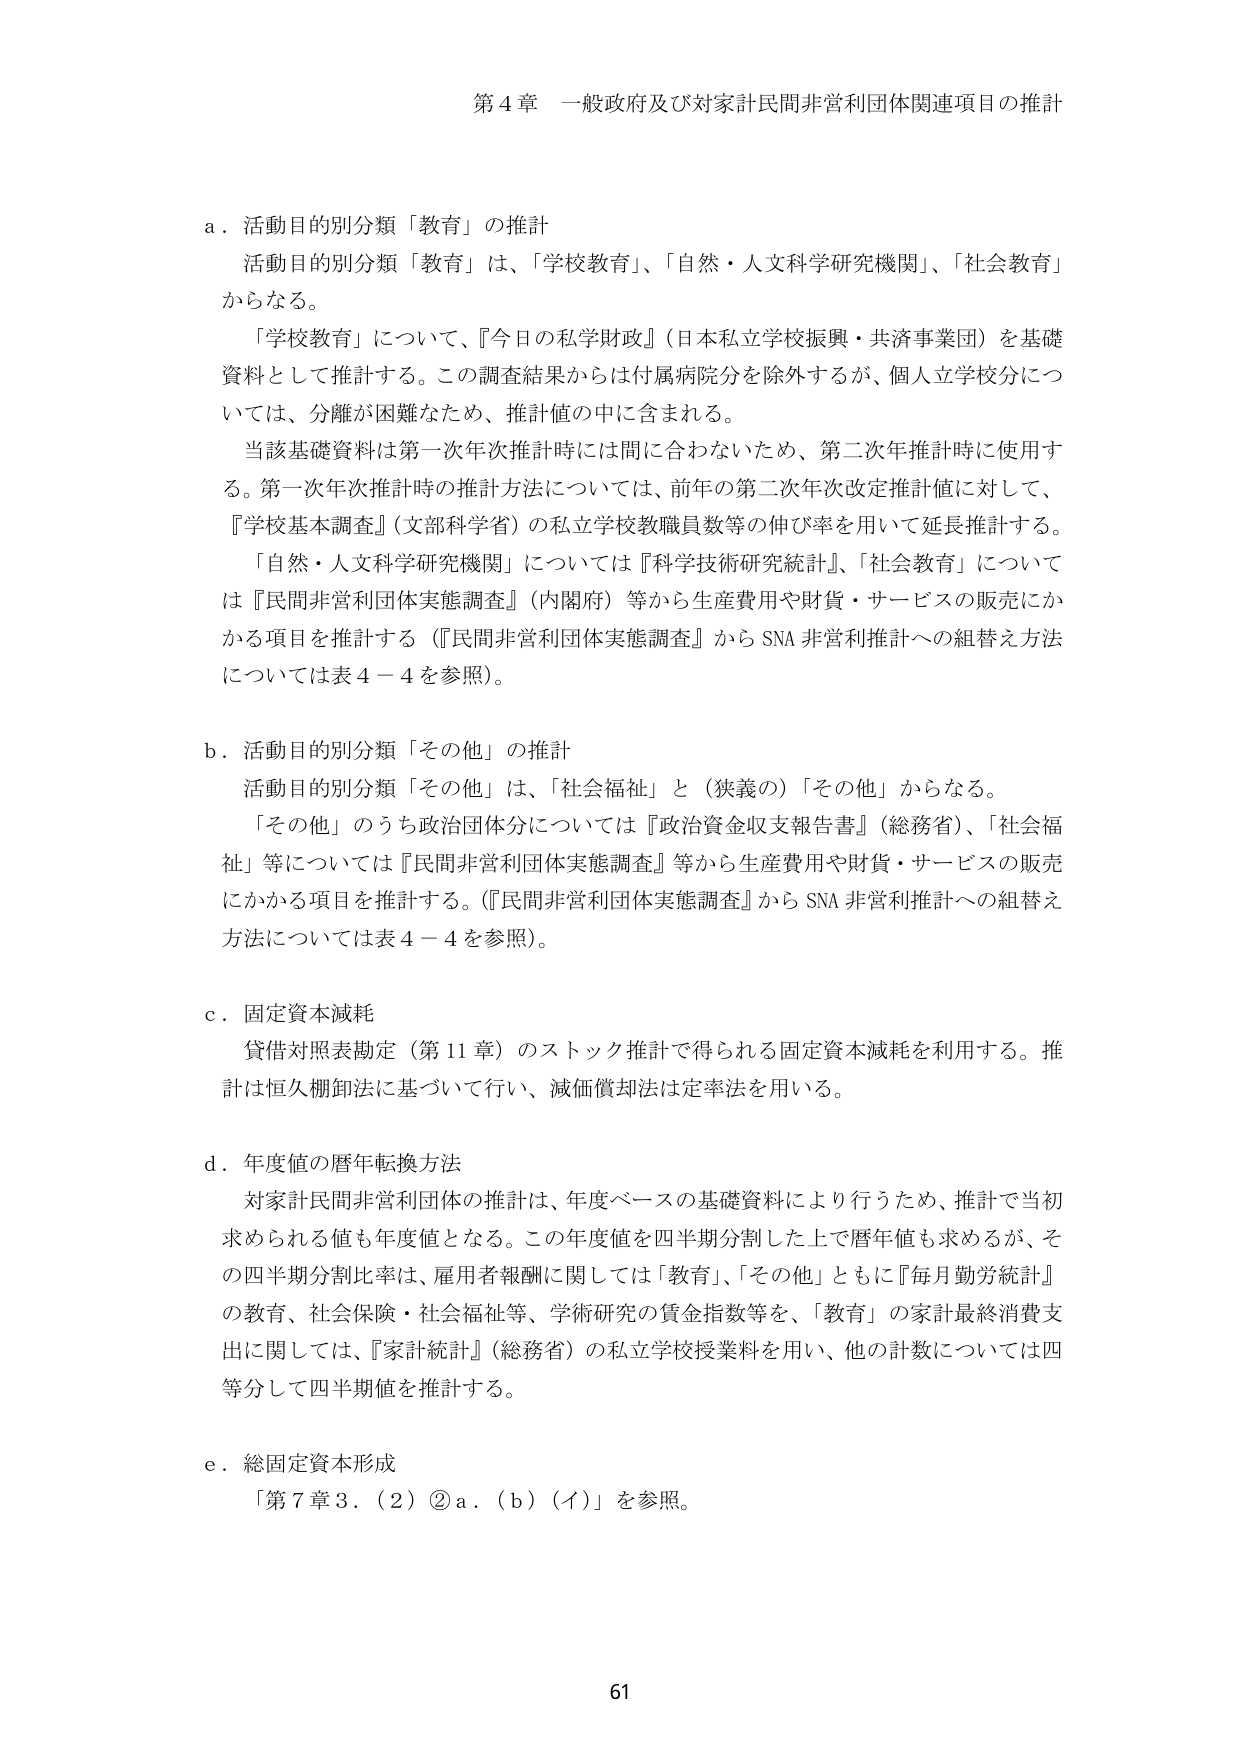
第４章 一般政府及び対家計民間非営利団体関連項目の推計

a．活動目的別分類「教育」の推計
　活動目的別分類「教育」は、「学校教育」、「自然・人文科学研究機関」、「社会教育」
　からなる。
　「学校教育」について、『今日の私学財政』（日本私立学校振興・共済事業団）を基礎
　資料として推計する。この調査結果からは付属病院分を除外するが、個人立学校分につ
　いては、分離が困難なため、推計値の中に含まれる。
　当該基礎資料は第一次年次推計時には間に合わないため、第二次年推計時に使用す
　る。第一次年次推計時の推計方法については、前年の第二次年次改定推計値に対して、
　『学校基本調査』（文部科学省）の私立学校教職員数等の伸び率を用いて延長推計する。
　「自然・人文科学研究機関」については『科学技術研究統計』、「社会教育」について
　は『民間非営利団体実態調査』（内閣府）等から生産費用や財貨・サービスの販売にか
　かる項目を推計する（『民間非営利団体実態調査』からSNA非営利推計への組替え方法
　については表４－４を参照）。

b．活動目的別分類「その他」の推計
　活動目的別分類「その他」は、「社会福祉」と（狭義の）「その他」からなる。
　「その他」のうち政治団体分については『政治資金収支報告書』（総務省）、「社会福
　祉」等については『民間非営利団体実態調査』等から生産費用や財貨・サービスの販売
　にかかる項目を推計する。（『民間非営利団体実態調査』からSNA非営利推計への組替え
　方法については表４－４を参照）。

c．固定資本減耗
　貸借対照表勘定（第11章）のストック推計で得られる固定資本減耗を利用する。推
　計は恒久棚卸法に基づいて行い、減価償却法は定率法を用いる。

d．年度値の暦年転換方法
　対家計民間非営利団体の推計は、年度ベースの基礎資料により行うため、推計で当初
　求められる値も年度値となる。この年度値を四半期分割した上で暦年値も求めるが、そ
　の四半期分割比率は、雇用者報酬に関しては「教育」、「その他」ともに『毎月勤労統計』
　の教育、社会保険・社会福祉等、学術研究の賃金指数等を、「教育」の家計最終消費支
　出に関しては、『家計統計』（総務省）の私立学校授業料を用い、他の計数については四
　等分して四半期値を推計する。

e．総固定資本形成
　「第7章3．（2）②a．（b）（イ）」を参照。

61